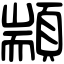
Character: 顓